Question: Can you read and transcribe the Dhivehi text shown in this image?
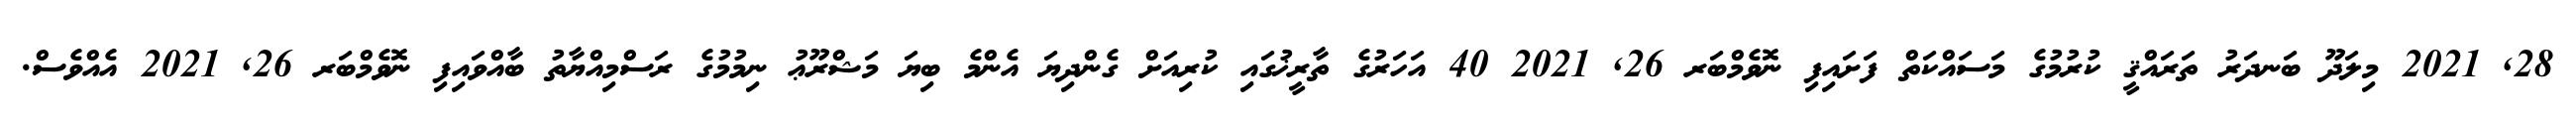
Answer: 28, 2021 މިލަދޫ ބަނދަރު ތަރައްޤީ ކުރުމުގެ މަސައްކަތް ފަށައިފި ނޮވެމްބަރ 26, 2021 40 އަހަރުގެ ތާރީޚުގައި ކުރިއަށް ގެންދިޔަ އެންމެ ބިޔަ މަޝްރޫޢު ނިމުމުގެ ރަސްމިއްޔާތު ބާއްވައިފި ނޮވެމްބަރ 26, 2021 އެއްވެސް.